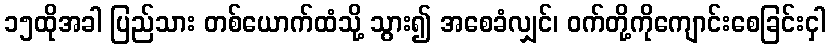
၁၅ထိုအခါ ပြည်သား တစ်ယောက်ထံသို့ သွား၍ အစေခံလျှင်၊ ဝက်တို့ကိုကျောင်းစေခြင်းငှါ